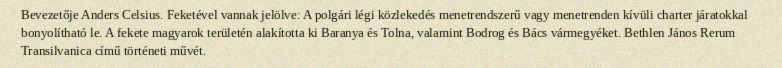
Bevezetője Anders Celsius. Feketével vannak jelölve: A polgári légi közlekedés menetrendszerű vagy menetrenden kívüli charter járatokkal bonyolítható le. A fekete magyarok területén alakította ki Baranya és Tolna, valamint Bodrog és Bács vármegyéket. Bethlen János Rerum Transilvanica című történeti művét.